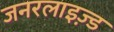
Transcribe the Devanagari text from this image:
जनरलाइज़्ड